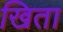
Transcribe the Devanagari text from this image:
खिता